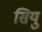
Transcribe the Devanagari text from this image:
सियु